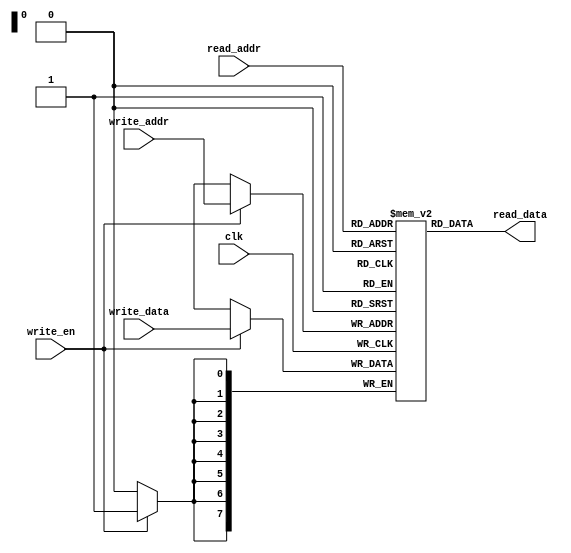
module dual_port_ram (
    input wire clk,
    input wire write_en,
    input wire [7:0] write_data,
    input wire [7:0] write_addr,
    input wire [7:0] read_addr,
    output reg [7:0] read_data
);

reg [7:0] memory [0:255];

always @(posedge clk) begin
    if (write_en) begin
        memory[write_addr] <= write_data;
    end
end

always @(*) begin
    read_data = memory[read_addr];
end

endmodule